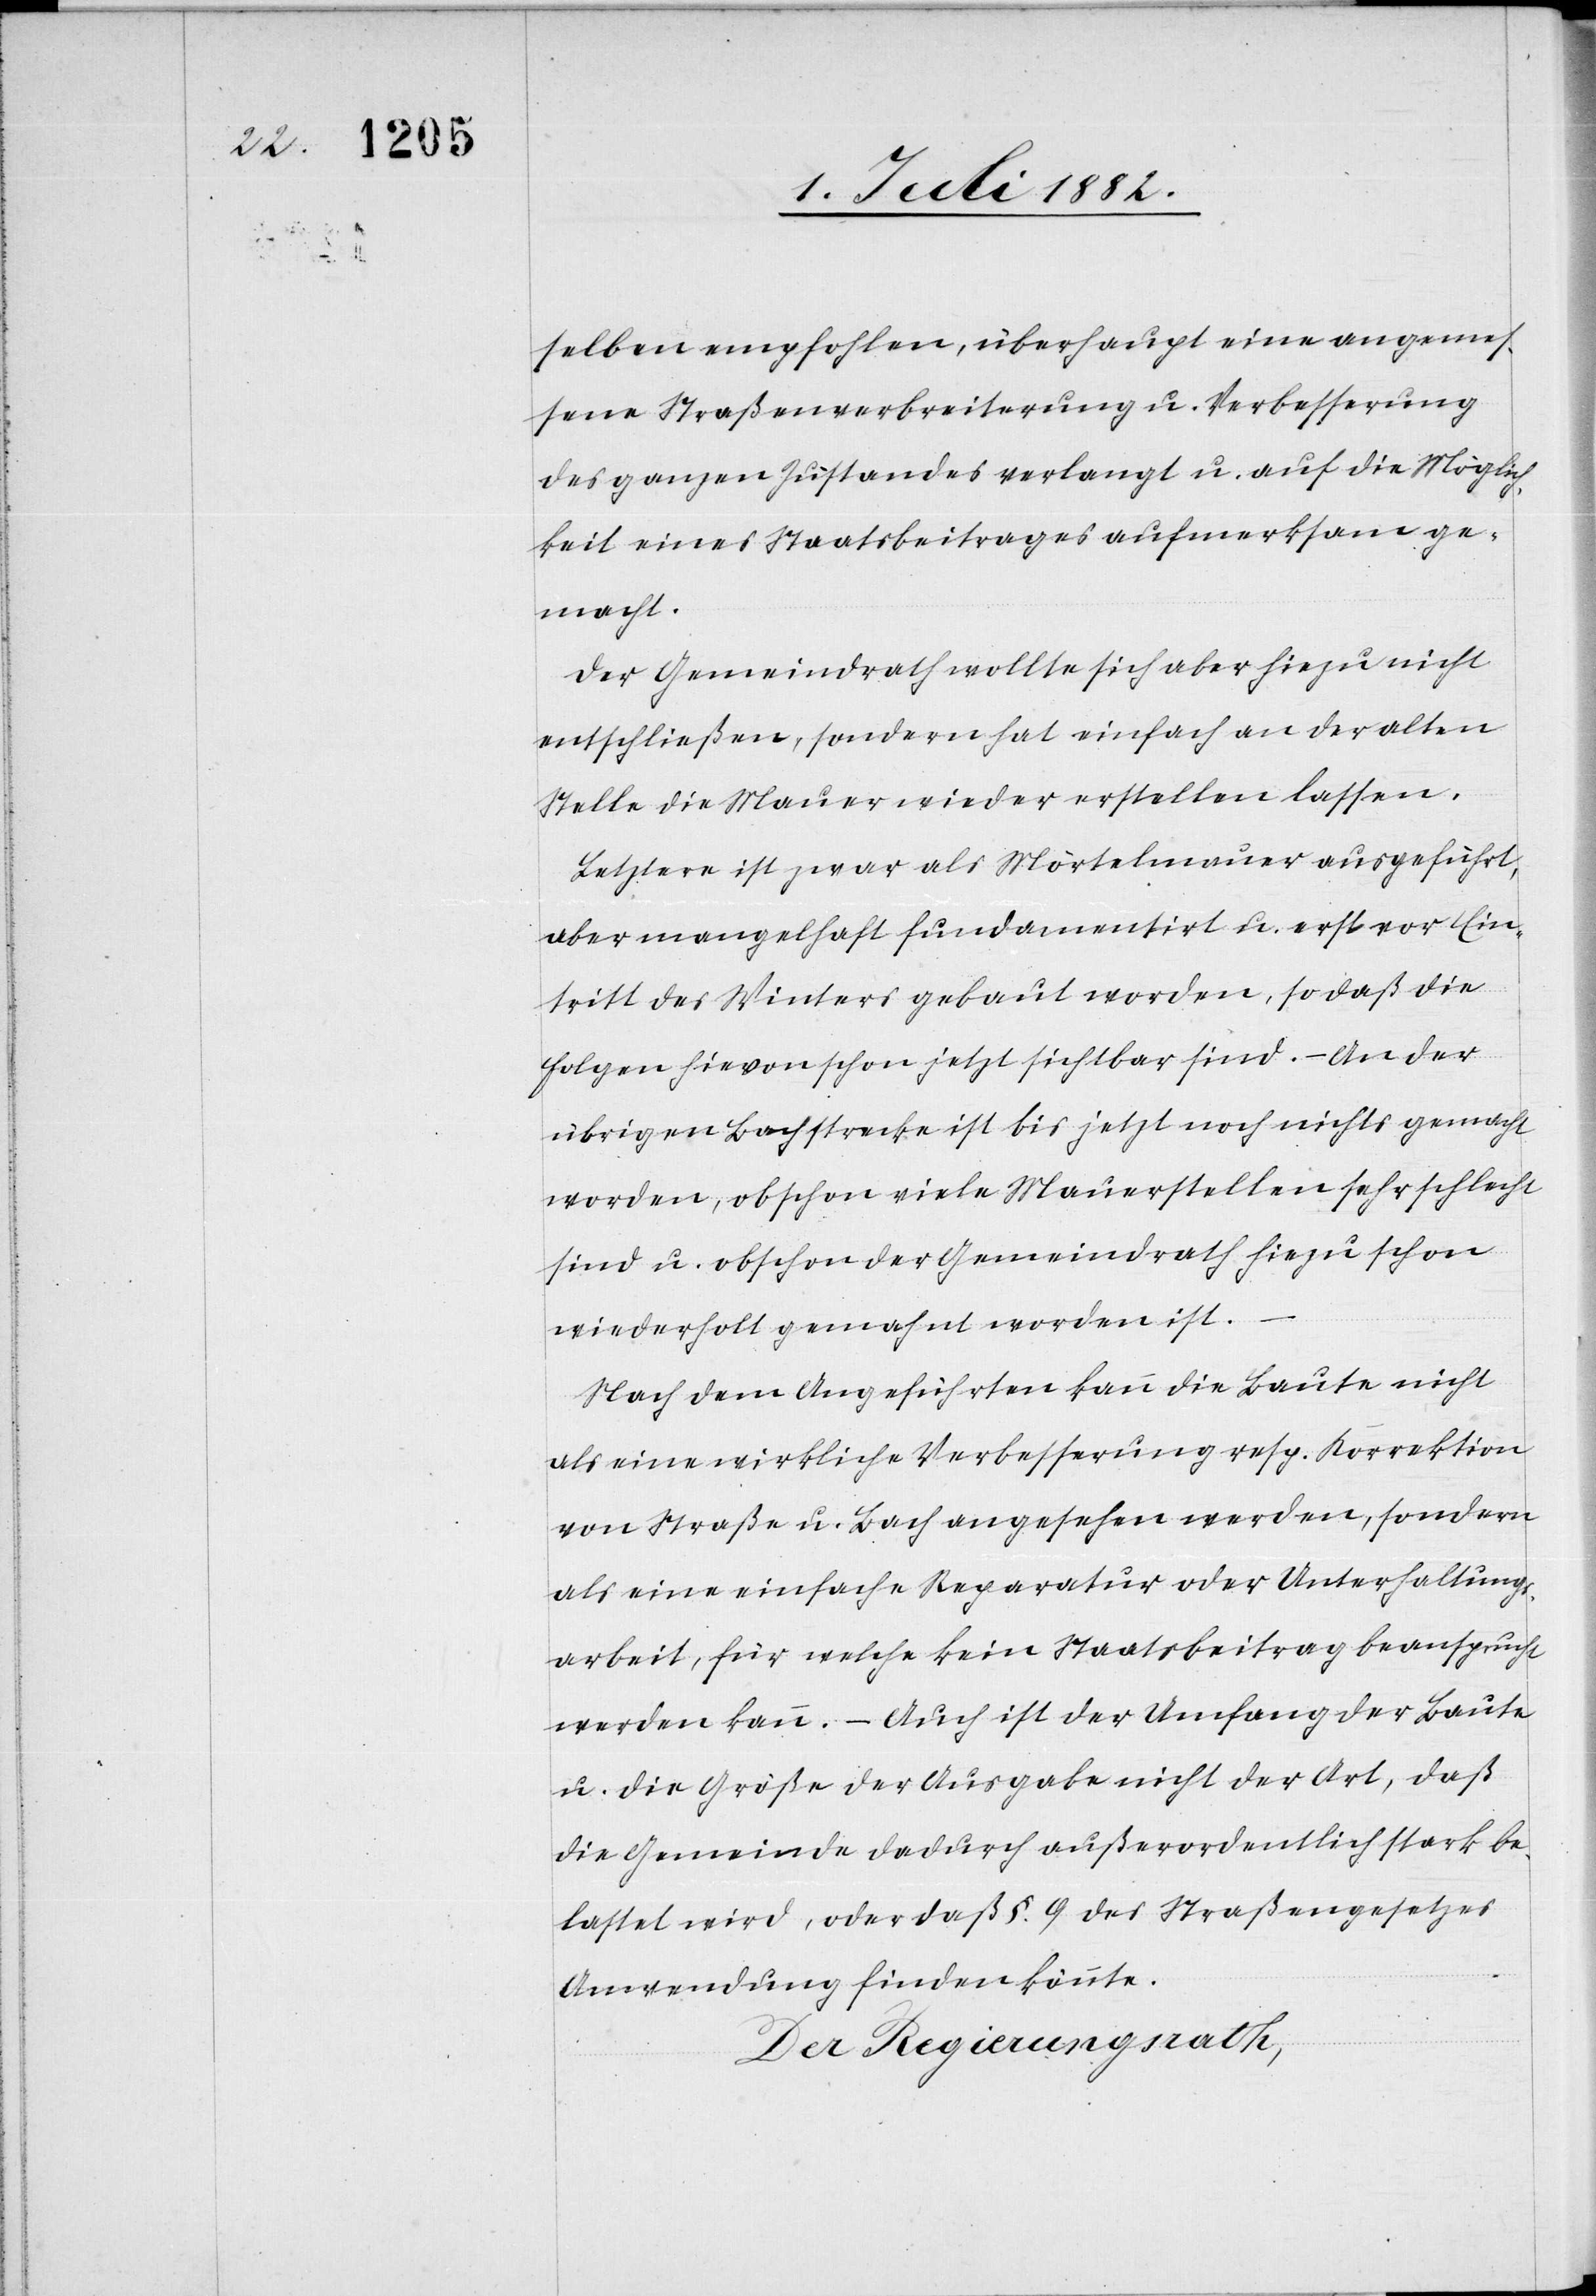
selben empfohlen, überhaupt eine angemes¬
sene Straßenverbreiterung u. Verbesserung
des ganzen Zustandes verlangt u. auf die Möglich¬
keit eines Staatsbeitrages aufmerksam ge¬
macht.
Der Gemeindrath wollte sich aber hiezu nicht
entscheiden, sondern hat einfach an der alten
Stelle die Mauer wieder erstellen lassen.
Letztere ist zwar als Mörtelmauer ausgeführt,
aber mangelhaft fundamentirt u. erst vor Ein¬
tritt des Winters gebaut worden, so daß die
Folgen hievon schon jetzt sichtbar sind. – An der
übrigen Bachstrecke ist bis jetzt noch nichts gemacht
worden, obschon viele Mauerstellen sehr schlecht
sind u. obschon der Gemeindrath hiezu schon
wiederholt gemahnt worden ist.
Nach dem Angeführten kann die Baute nicht
als eine wirkliche Verbesserung resp. Korrektion
von Straße u. Bach angesehen werden, sondern
als eine einfache Reparatur oder Unterhaltungs¬
arbeit, für welche kein Staatsbeitrag beansprucht
werden kann. – Auch ist der Umfang der Baute
u. die Größe der Ausgaben nicht der Art, daß
die Gemeinde dadurch außerordentlich stark be¬
lastet wird, oder daß §. 9 des Straßengesetzes
Anwendung finden könnte.
Der Regierungsrath,